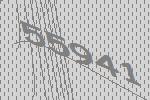
55941